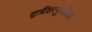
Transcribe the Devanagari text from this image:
द्वात्रींशत्पुत्तलिका